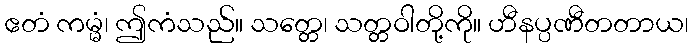
ဧတံ ကမ္မံ၊ ဤကံသည်။ သတ္တေ၊ သတ္တဝါတို့ကို။ ဟီနပ္ပဏီတတာယ၊